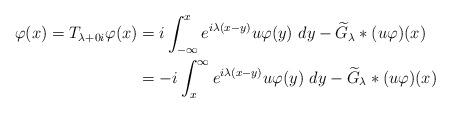
LaTeX: \begin{align*}\varphi(x) =T_{\lambda+0i}\varphi(x)&= i\int_{-\infty}^x e^{i\lambda(x-y)}u\varphi(y)~dy - \widetilde{G}_{\lambda}*(u\varphi) (x) \\&= -i\int_x^{\infty} e^{i\lambda(x-y)}u\varphi(y)~dy - \widetilde{G}_{\lambda}*(u\varphi) (x)\end{align*}